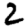
Digit: 2